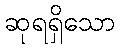
ဆုရရှိသော